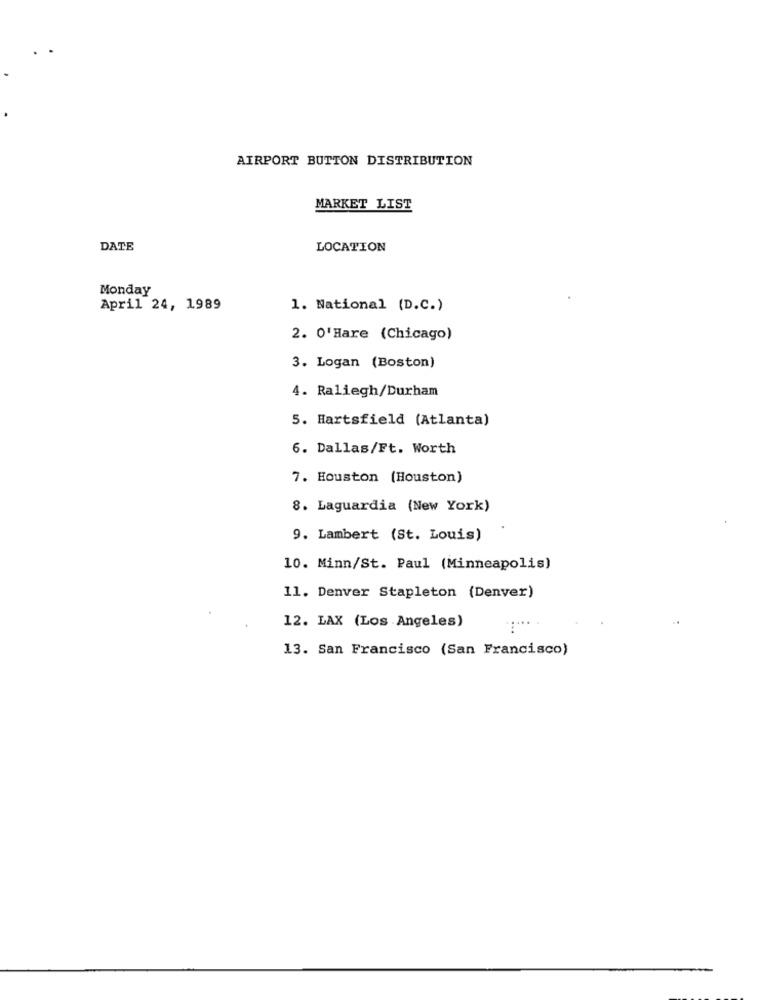
AIRPORT BUTTON DISTRIBUTION
MARKET LIST
DATE
LOCATION
Monday
April 24, 1989
1. National (D.C.)
2. O'Hare (Chicago)
3. Logan (Boston)
4. Raliegh/Durham
5. Hartsfield (Atlanta)
6. Dallas/Ft. Worth
7. Houston (Houston)
8. Laguardia (New York)
9. Lambert (St. Louis)
10. Minn/St. Paul (Minneapolis)
11. Denver Stapleton (Denver)
12. LAX (Los Angeles)
....
13. San Francisco (San Francisco)